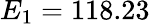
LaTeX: E_{1}=118.23